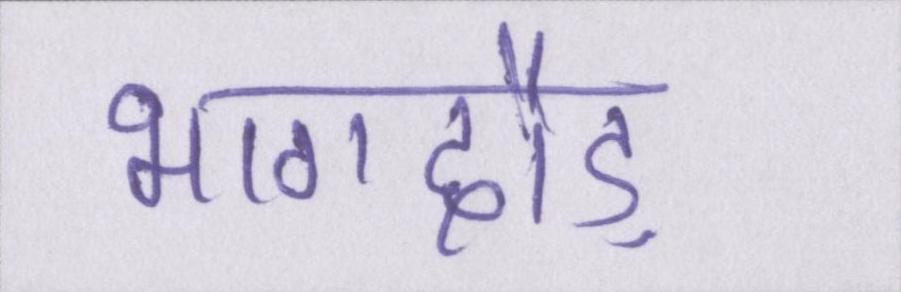
भागदौड़